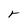
Character: r